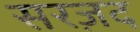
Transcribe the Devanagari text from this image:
सरज़द